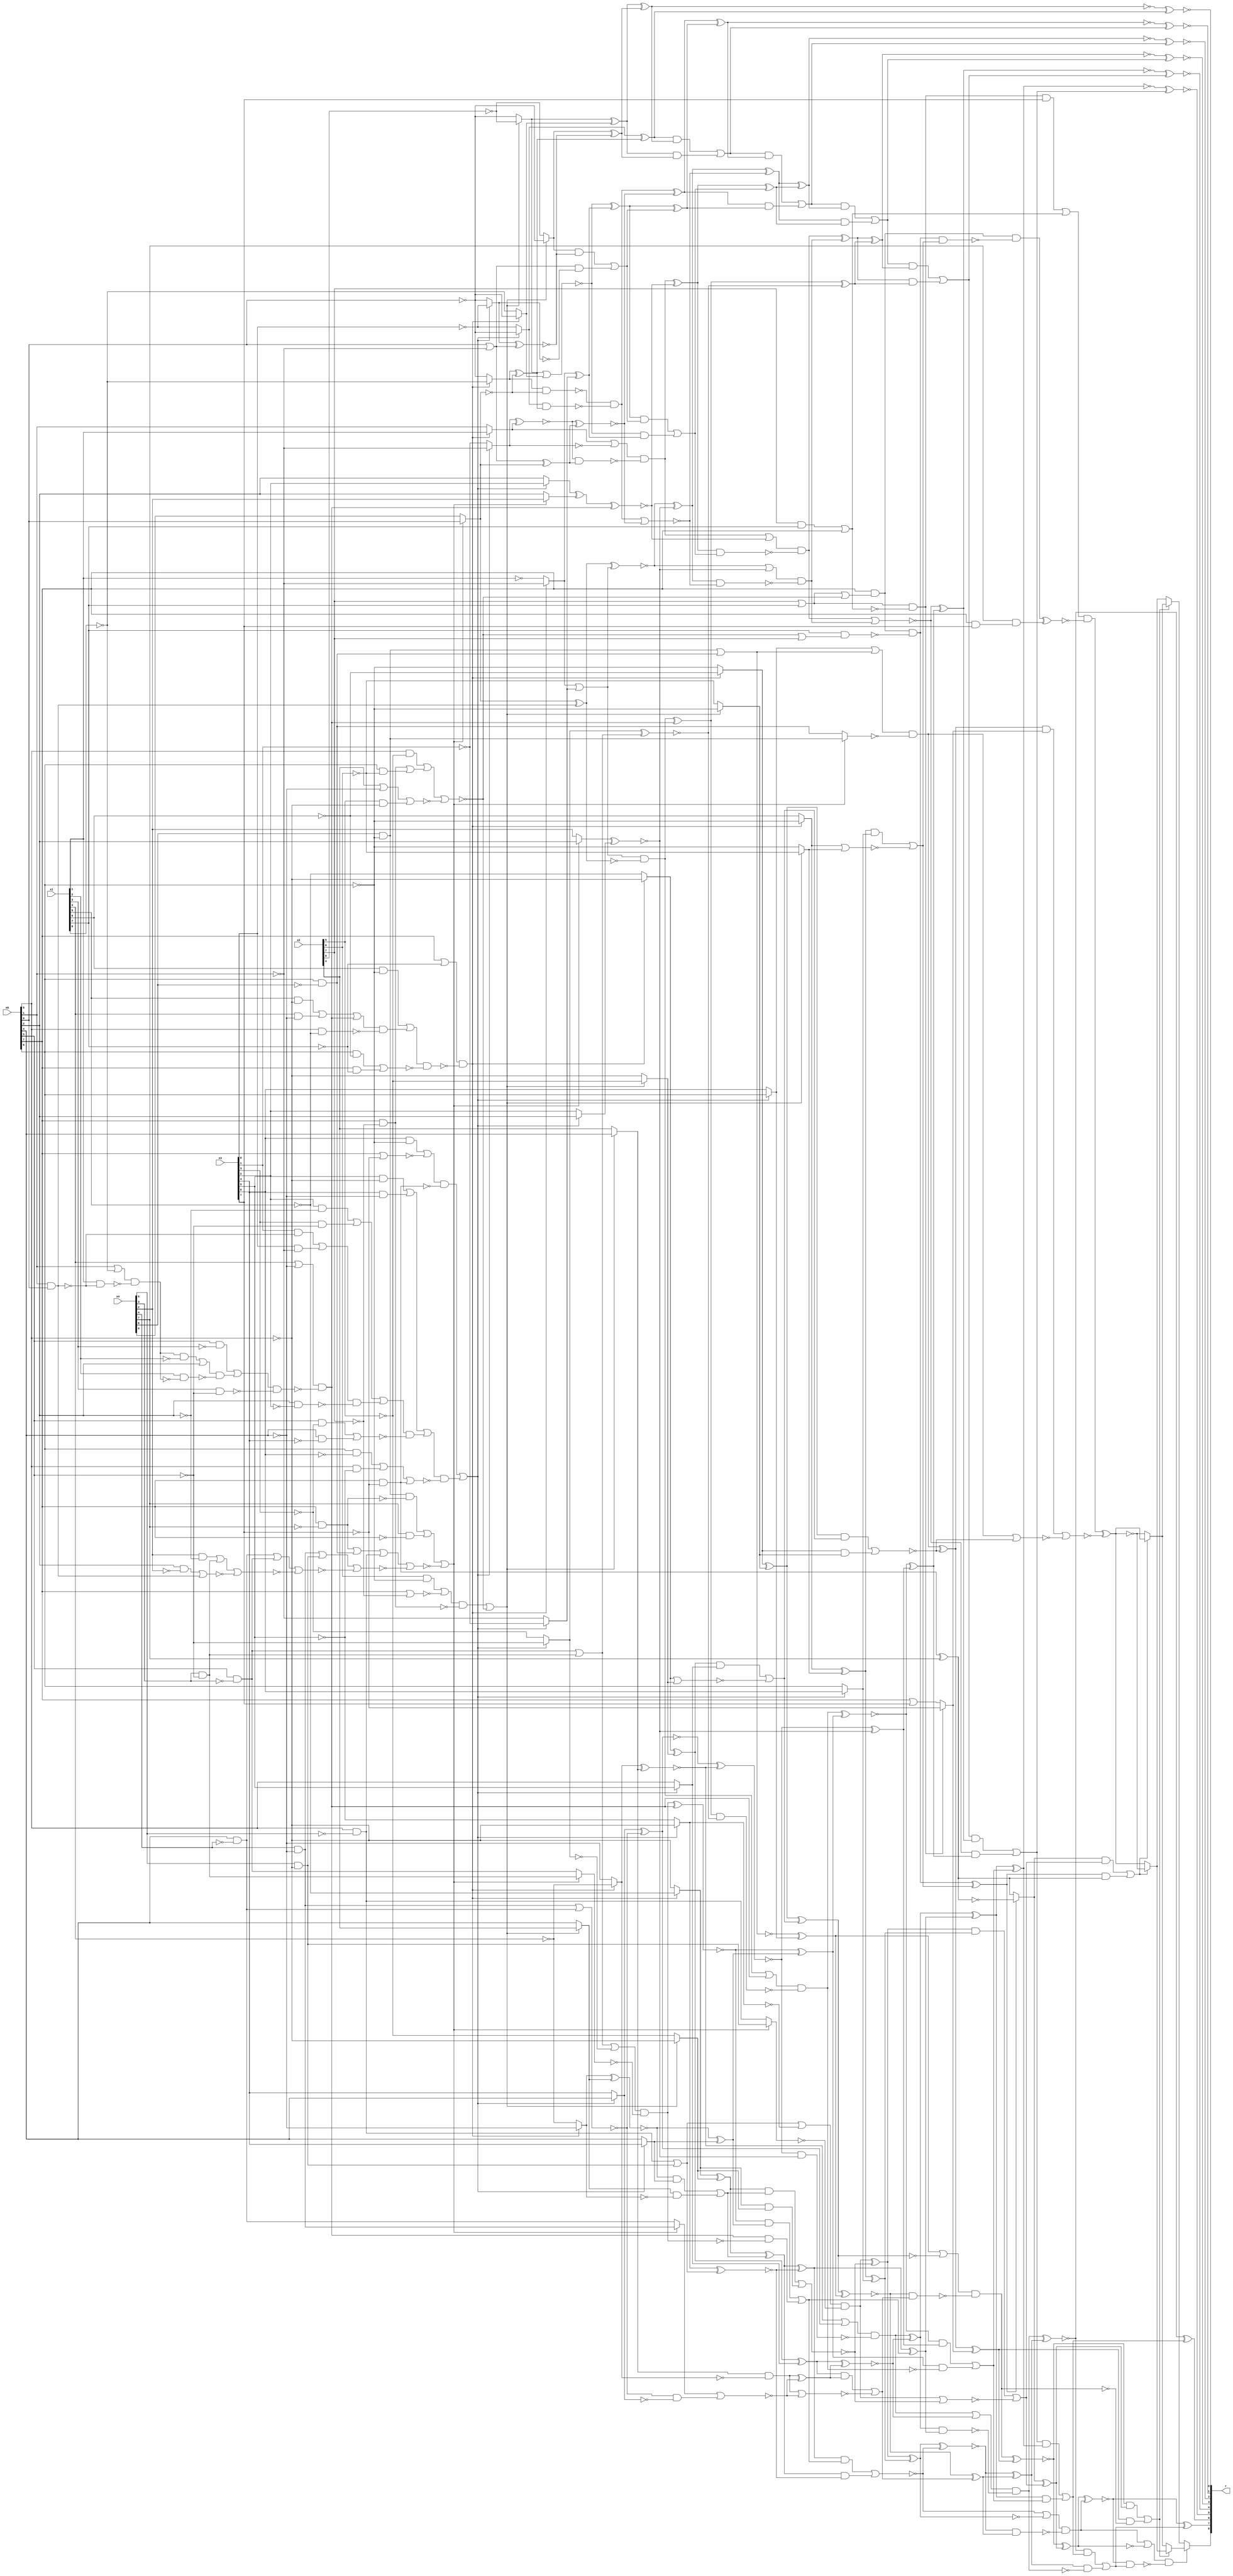
/* Generated by Yosys 0.9+4052 (git sha1 a5adb007, gcc 9.3.0-17ubuntu1~20.04 -fPIC -Os) */

module circ(x0, x1, x2, x3, x4, r);
  wire _000_;
  wire _001_;
  wire _002_;
  wire _003_;
  wire _004_;
  wire _005_;
  wire _006_;
  wire _007_;
  wire _008_;
  wire _009_;
  wire _010_;
  wire _011_;
  wire _012_;
  wire _013_;
  wire _014_;
  wire _015_;
  wire _016_;
  wire _017_;
  wire _018_;
  wire _019_;
  wire _020_;
  wire _021_;
  wire _022_;
  wire _023_;
  wire _024_;
  wire _025_;
  wire _026_;
  wire _027_;
  wire _028_;
  wire _029_;
  wire _030_;
  wire _031_;
  wire _032_;
  wire _033_;
  wire _034_;
  wire _035_;
  wire _036_;
  wire _037_;
  wire _038_;
  wire _039_;
  wire _040_;
  wire _041_;
  wire _042_;
  wire _043_;
  wire _044_;
  wire _045_;
  wire _046_;
  wire _047_;
  wire _048_;
  wire _049_;
  wire _050_;
  wire _051_;
  wire _052_;
  wire _053_;
  wire _054_;
  wire _055_;
  wire _056_;
  wire _057_;
  wire _058_;
  wire _059_;
  wire _060_;
  wire _061_;
  wire _062_;
  wire _063_;
  wire _064_;
  wire _065_;
  wire _066_;
  wire _067_;
  wire _068_;
  wire _069_;
  wire _070_;
  wire _071_;
  wire _072_;
  wire _073_;
  wire _074_;
  wire _075_;
  wire _076_;
  wire _077_;
  wire _078_;
  wire _079_;
  wire _080_;
  wire _081_;
  wire _082_;
  wire _083_;
  wire _084_;
  wire _085_;
  wire _086_;
  wire _087_;
  wire _088_;
  wire _089_;
  wire _090_;
  wire _091_;
  wire _092_;
  wire _093_;
  wire _094_;
  wire _095_;
  wire _096_;
  wire _097_;
  wire _098_;
  wire _099_;
  wire _100_;
  wire _101_;
  wire _102_;
  wire _103_;
  wire _104_;
  wire _105_;
  wire _106_;
  wire _107_;
  wire _108_;
  wire _109_;
  wire _110_;
  wire _111_;
  wire _112_;
  wire _113_;
  wire _114_;
  wire _115_;
  wire _116_;
  wire _117_;
  wire _118_;
  wire _119_;
  wire _120_;
  wire _121_;
  wire _122_;
  wire _123_;
  wire _124_;
  wire _125_;
  wire _126_;
  wire _127_;
  wire _128_;
  wire _129_;
  wire _130_;
  wire _131_;
  wire _132_;
  wire _133_;
  wire _134_;
  wire _135_;
  wire _136_;
  wire _137_;
  wire _138_;
  wire _139_;
  wire _140_;
  wire _141_;
  wire _142_;
  wire _143_;
  wire _144_;
  wire _145_;
  wire _146_;
  wire _147_;
  wire _148_;
  wire _149_;
  wire _150_;
  wire _151_;
  wire _152_;
  wire _153_;
  wire _154_;
  wire _155_;
  wire _156_;
  wire _157_;
  wire _158_;
  wire _159_;
  wire _160_;
  wire _161_;
  wire _162_;
  wire _163_;
  wire _164_;
  wire _165_;
  wire _166_;
  wire _167_;
  wire _168_;
  wire _169_;
  wire _170_;
  wire _171_;
  wire _172_;
  wire _173_;
  wire _174_;
  wire _175_;
  wire _176_;
  wire _177_;
  wire _178_;
  wire _179_;
  wire _180_;
  wire _181_;
  wire _182_;
  wire _183_;
  wire _184_;
  wire _185_;
  wire _186_;
  wire _187_;
  wire _188_;
  wire _189_;
  wire _190_;
  wire _191_;
  wire _192_;
  wire _193_;
  wire _194_;
  wire _195_;
  wire _196_;
  wire _197_;
  wire _198_;
  wire _199_;
  wire _200_;
  wire _201_;
  wire _202_;
  wire _203_;
  wire _204_;
  wire _205_;
  wire _206_;
  wire _207_;
  wire _208_;
  wire _209_;
  wire _210_;
  wire _211_;
  wire _212_;
  wire _213_;
  wire _214_;
  wire _215_;
  wire _216_;
  wire _217_;
  wire _218_;
  wire _219_;
  wire _220_;
  wire _221_;
  wire _222_;
  wire _223_;
  wire _224_;
  wire _225_;
  wire _226_;
  wire _227_;
  wire _228_;
  wire _229_;
  wire _230_;
  wire _231_;
  wire _232_;
  wire _233_;
  wire _234_;
  wire _235_;
  wire _236_;
  wire _237_;
  wire _238_;
  wire _239_;
  wire _240_;
  wire _241_;
  wire _242_;
  wire _243_;
  wire _244_;
  wire _245_;
  wire _246_;
  wire _247_;
  wire _248_;
  wire _249_;
  wire _250_;
  wire _251_;
  wire _252_;
  wire _253_;
  wire _254_;
  wire _255_;
  wire _256_;
  wire _257_;
  wire _258_;
  wire _259_;
  wire _260_;
  wire _261_;
  wire _262_;
  wire _263_;
  wire _264_;
  wire _265_;
  wire _266_;
  wire _267_;
  wire _268_;
  wire _269_;
  wire _270_;
  wire _271_;
  wire _272_;
  wire _273_;
  wire _274_;
  wire _275_;
  wire _276_;
  wire _277_;
  wire _278_;
  wire _279_;
  wire _280_;
  wire _281_;
  wire _282_;
  wire _283_;
  wire _284_;
  wire _285_;
  wire _286_;
  wire _287_;
  wire _288_;
  wire _289_;
  wire _290_;
  wire _291_;
  wire _292_;
  wire _293_;
  wire _294_;
  wire _295_;
  wire _296_;
  wire _297_;
  wire _298_;
  wire _299_;
  wire _300_;
  wire _301_;
  wire _302_;
  wire _303_;
  wire _304_;
  wire _305_;
  wire _306_;
  wire _307_;
  wire _308_;
  wire _309_;
  wire _310_;
  wire _311_;
  wire _312_;
  wire _313_;
  wire _314_;
  wire _315_;
  wire _316_;
  wire _317_;
  wire _318_;
  wire _319_;
  wire _320_;
  wire _321_;
  wire _322_;
  wire _323_;
  wire _324_;
  wire _325_;
  wire _326_;
  wire _327_;
  wire _328_;
  wire _329_;
  wire _330_;
  wire _331_;
  wire _332_;
  wire _333_;
  wire _334_;
  wire _335_;
  wire _336_;
  wire _337_;
  wire _338_;
  wire _339_;
  wire _340_;
  wire _341_;
  wire _342_;
  wire _343_;
  wire _344_;
  wire _345_;
  wire _346_;
  wire _347_;
  wire _348_;
  wire _349_;
  wire _350_;
  wire _351_;
  wire _352_;
  wire _353_;
  wire _354_;
  wire _355_;
  wire _356_;
  wire _357_;
  wire _358_;
  wire _359_;
  wire _360_;
  wire _361_;
  wire _362_;
  wire _363_;
  wire _364_;
  wire _365_;
  wire _366_;
  wire \U0.U13.new_n36 ;
  wire \U0.U13.new_n52 ;
  wire \U0.U13.new_n60 ;
  wire \U0.U14.new_n9 ;
  wire \U0.U15.new_n29 ;
  wire \U0.U3.new_n35 ;
  wire \U0.U3.new_n44 ;
  wire \U0.U4.new_n42 ;
  wire \U0.po8 ;
  output [8:0] r;
  input [7:0] x0;
  input [7:0] x1;
  input [7:0] x2;
  input [7:0] x3;
  input [7:0] x4;
  assign _313_ = x4[5] & ~(x0[5]);
  assign _314_ = x0[5] & ~(x4[5]);
  assign _315_ = _314_ | _313_;
  assign _316_ = ~x3[5];
  assign _317_ = ~x0[5];
  assign _318_ = x3[0] & ~(x0[1]);
  assign _319_ = x0[1] & x0[0];
  assign _320_ = x3[1] & ~(_319_);
  assign _321_ = _320_ | _318_;
  assign _322_ = x0[2] & ~(x3[2]);
  assign _323_ = _321_ & ~(_322_);
  assign _324_ = x3[3] & ~(x0[3]);
  assign _325_ = x3[2] & ~(x0[2]);
  assign _326_ = _325_ | _324_;
  assign _327_ = _326_ | _323_;
  assign _328_ = x0[4] & ~(x3[4]);
  assign _329_ = x0[3] & ~(x3[3]);
  assign _330_ = _329_ | _328_;
  assign _331_ = _327_ & ~(_330_);
  assign _332_ = x3[4] & ~(x0[4]);
  assign _333_ = x3[5] & ~(x0[5]);
  assign _334_ = _333_ | _332_;
  assign _335_ = _334_ | _331_;
  assign _336_ = x0[7] & ~(x3[7]);
  assign _337_ = x0[5] & ~(x3[5]);
  assign _338_ = x0[6] & ~(x3[6]);
  assign _339_ = _338_ | _337_;
  assign _340_ = _339_ | _336_;
  assign _341_ = _335_ & ~(_340_);
  assign _342_ = x0[7] | ~(x3[7]);
  assign _343_ = x3[6] & ~(x0[6]);
  assign _344_ = _343_ | ~(_342_);
  assign _345_ = _344_ & ~(_336_);
  assign _346_ = _345_ | _341_;
  assign _347_ = _346_ ? _317_ : _316_;
  assign _348_ = ~(_347_ ^ _315_);
  assign _349_ = x2[5] & ~(x0[5]);
  assign _350_ = x2[4] | ~(x0[4]);
  assign _351_ = ~(_350_ | _349_);
  assign _352_ = x0[6] & ~(x2[6]);
  assign _353_ = x0[7] & ~(x2[7]);
  assign _354_ = _353_ | _352_;
  assign _355_ = x0[5] & ~(x2[5]);
  assign _356_ = _355_ | _354_;
  assign _357_ = ~(_356_ | _351_);
  assign _358_ = x0[7] | ~(x2[7]);
  assign _359_ = x2[6] & ~(x0[6]);
  assign _360_ = _359_ | ~(_358_);
  assign _361_ = _360_ & ~(_353_);
  assign _362_ = ~(_361_ | _357_);
  assign _363_ = _362_ ? x0[4] : x2[4];
  assign _364_ = ~x0[4];
  assign _365_ = ~x1[4];
  assign _366_ = x0[7] | ~(x1[7]);
  assign _000_ = x1[4] | ~(x0[4]);
  assign _001_ = x0[1] | ~(x1[0]);
  assign _002_ = x1[1] & ~(_319_);
  assign _003_ = _001_ & ~(_002_);
  assign _004_ = _003_ & ~(x1[2]);
  assign _005_ = _004_ | x0[2];
  assign _006_ = x1[2] & ~(_003_);
  assign _007_ = _005_ & ~(_006_);
  assign _008_ = x0[3] & ~(x1[3]);
  assign _009_ = _008_ | _007_;
  assign _010_ = x1[3] & ~(x0[3]);
  assign _011_ = _009_ & ~(_010_);
  assign _012_ = _000_ & ~(_011_);
  assign _013_ = x1[4] & ~(x0[4]);
  assign _014_ = x1[5] & ~(x0[5]);
  assign _015_ = _014_ | _013_;
  assign _016_ = _015_ | _012_;
  assign _017_ = x0[5] & ~(x1[5]);
  assign _018_ = _016_ & ~(_017_);
  assign _019_ = x1[6] & ~(x0[6]);
  assign _020_ = _019_ | _018_;
  assign _021_ = x0[7] & ~(x1[7]);
  assign _022_ = x0[6] & ~(x1[6]);
  assign _023_ = _022_ | _021_;
  assign _024_ = _020_ & ~(_023_);
  assign _025_ = _366_ & ~(_024_);
  assign _026_ = _025_ ? _364_ : _365_;
  assign _027_ = _363_ & ~(_026_);
  assign _028_ = _346_ ? x3[4] : x0[4];
  assign _029_ = ~(_026_ ^ _363_);
  assign _030_ = _029_ & _028_;
  assign _031_ = _030_ | _027_;
  assign _032_ = ~x2[5];
  assign _033_ = _362_ ? _032_ : _317_;
  assign _034_ = ~x1[5];
  assign _035_ = _025_ ? _034_ : _317_;
  assign _036_ = _035_ ^ _033_;
  assign _037_ = _036_ ^ _031_;
  assign _038_ = _037_ & _348_;
  assign _039_ = x4[3] & ~(x0[3]);
  assign _040_ = x0[3] & ~(x4[3]);
  assign _041_ = _040_ | _039_;
  assign _042_ = ~x0[3];
  assign _043_ = ~x3[3];
  assign _044_ = _346_ ? _042_ : _043_;
  assign _045_ = _041_ | ~(_044_);
  assign _046_ = x0[2] & ~(x4[2]);
  assign _047_ = ~(_046_ | _319_);
  assign _048_ = x4[2] & ~(x0[2]);
  assign _049_ = _048_ | _039_;
  assign _050_ = ~(_049_ | _047_);
  assign _051_ = x0[4] & ~(x4[4]);
  assign _052_ = _051_ | _040_;
  assign _053_ = ~(_052_ | _050_);
  assign _054_ = x4[4] & ~(x0[4]);
  assign _055_ = _054_ | _313_;
  assign _056_ = ~(_055_ | _053_);
  assign _057_ = x0[6] & ~(x4[6]);
  assign _058_ = x0[7] & ~(x4[7]);
  assign _059_ = _058_ | _057_;
  assign _060_ = _059_ | _314_;
  assign _061_ = ~(_060_ | _056_);
  assign _062_ = x4[7] & ~(x0[7]);
  assign _063_ = x4[6] & ~(x0[6]);
  assign _064_ = _063_ & ~(_058_);
  assign _065_ = _064_ | _062_;
  assign _066_ = ~(_065_ | _061_);
  assign _067_ = _066_ ? _040_ : _039_;
  assign _068_ = _045_ & ~(_067_);
  assign _069_ = _012_ & ~(_068_);
  assign _070_ = _029_ ^ _028_;
  assign _071_ = ~(_068_ ^ _012_);
  assign _072_ = _071_ & _070_;
  assign _073_ = _072_ | _069_;
  assign _074_ = _037_ ^ _348_;
  assign _075_ = _074_ & _073_;
  assign _076_ = ~(_075_ | _038_);
  assign _077_ = _346_ ? x3[6] : x0[6];
  assign _078_ = ~x2[6];
  assign _079_ = ~x0[6];
  assign _080_ = _362_ ? _079_ : _078_;
  assign _081_ = ~x1[6];
  assign _082_ = _025_ ? _079_ : _081_;
  assign _083_ = _082_ ^ _080_;
  assign _084_ = _083_ ^ _077_;
  assign _085_ = _035_ & _033_;
  assign _086_ = _036_ & _031_;
  assign _087_ = ~(_086_ | _085_);
  assign _088_ = _315_ | ~(_347_);
  assign _089_ = _066_ ? _314_ : _313_;
  assign _090_ = _088_ & ~(_089_);
  assign _091_ = _090_ ^ _087_;
  assign _092_ = _091_ ^ _084_;
  assign _093_ = _076_ | ~(_092_);
  assign _094_ = ~(_054_ | _051_);
  assign _095_ = _346_ ? x0[4] : x3[4];
  assign _096_ = _094_ & ~(_095_);
  assign _097_ = _066_ ? _051_ : _054_;
  assign _098_ = ~(_097_ | _096_);
  assign _099_ = _362_ ? x2[4] : x0[4];
  assign _100_ = _025_ ? _365_ : _364_;
  assign _101_ = _099_ & ~(_100_);
  assign _102_ = ~(_101_ | _098_);
  assign _103_ = _101_ ^ _098_;
  assign _104_ = _346_ ? x3[5] : x0[5];
  assign _105_ = _362_ ? _317_ : _032_;
  assign _106_ = _025_ ? _317_ : _034_;
  assign _107_ = _106_ ^ _105_;
  assign _108_ = _107_ ^ _104_;
  assign _109_ = _108_ & _103_;
  assign _110_ = _109_ | _102_;
  assign _111_ = _346_ ? x0[6] : x3[6];
  assign _112_ = ~(_063_ | _057_);
  assign _113_ = _112_ ^ _111_;
  assign _114_ = ~(_106_ | _105_);
  assign _115_ = _107_ & _104_;
  assign _116_ = _115_ | _114_;
  assign _117_ = _362_ ? _078_ : _079_;
  assign _118_ = _025_ ? _081_ : _079_;
  assign _119_ = _118_ ^ _117_;
  assign _120_ = _119_ ^ _116_;
  assign _121_ = ~(_120_ ^ _113_);
  assign _122_ = _121_ ^ _110_;
  assign _123_ = ~(_092_ ^ _076_);
  assign _124_ = _123_ & _122_;
  assign _125_ = _093_ & ~(_124_);
  assign _126_ = ~(_090_ | _087_);
  assign _127_ = _091_ & _084_;
  assign _128_ = _127_ | _126_;
  assign _129_ = ~(_082_ | _080_);
  assign _130_ = _083_ & _077_;
  assign _131_ = _130_ | _129_;
  assign _132_ = x2[7] | x1[7];
  assign _133_ = ~(_132_ | _357_);
  assign _134_ = x0[7] & ~(_133_);
  assign _135_ = ~(_357_ | x2[7]);
  assign _136_ = x1[7] & ~(_135_);
  assign _137_ = _134_ & ~(_136_);
  assign _138_ = _137_ ^ _131_;
  assign _139_ = ~(_336_ ^ x4[7]);
  assign _140_ = _336_ ^ x4[7];
  assign _141_ = _138_ ? _139_ : _140_;
  assign _142_ = _141_ ^ _128_;
  assign _143_ = ~x3[7];
  assign _144_ = x2[7] & x1[7];
  assign _145_ = _144_ | x0[7];
  assign _146_ = _132_ & ~(_145_);
  assign _147_ = x0[7] | x3[7];
  assign _148_ = _146_ ? _143_ : _147_;
  assign _149_ = _118_ & _117_;
  assign _150_ = _119_ & _116_;
  assign _151_ = ~(_150_ | _149_);
  assign _152_ = _111_ | ~(_112_);
  assign _153_ = _066_ ? _057_ : _063_;
  assign _154_ = _152_ & ~(_153_);
  assign _155_ = _154_ ^ _151_;
  assign _156_ = _155_ ^ _148_;
  assign _157_ = _113_ | ~(_120_);
  assign _158_ = _121_ & _110_;
  assign _159_ = _157_ & ~(_158_);
  assign _160_ = ~(_159_ ^ _156_);
  assign _161_ = _160_ ^ _142_;
  assign _162_ = _125_ | ~(_161_);
  assign _163_ = _123_ ^ _122_;
  assign _164_ = ~(_108_ ^ _103_);
  assign _165_ = ~(_100_ ^ _099_);
  assign _166_ = ~(_095_ ^ _094_);
  assign _167_ = _165_ | ~(_166_);
  assign _168_ = _346_ ? x0[2] : x3[2];
  assign _169_ = _066_ ? x4[2] : x0[2];
  assign _170_ = ~(_169_ ^ _168_);
  assign _171_ = ~(_166_ ^ _165_);
  assign _172_ = _171_ & _170_;
  assign _173_ = _167_ & ~(_172_);
  assign _174_ = _173_ | _164_;
  assign _175_ = _074_ ^ _073_;
  assign _176_ = _173_ ^ _164_;
  assign _177_ = _176_ & _175_;
  assign _178_ = _174_ & ~(_177_);
  assign _179_ = _163_ & ~(_178_);
  assign _180_ = _071_ ^ _070_;
  assign _181_ = ~x0[1];
  assign _182_ = ~x3[1];
  assign _183_ = _346_ ? _182_ : _181_;
  assign _184_ = ~x1[1];
  assign _185_ = _025_ ? _181_ : _184_;
  assign _186_ = _185_ | _183_;
  assign _187_ = _066_ ? x4[0] : x0[0];
  assign _188_ = _187_ ^ _319_;
  assign _189_ = _186_ & ~(_188_);
  assign _190_ = _189_ | _012_;
  assign _191_ = ~(_044_ ^ _041_);
  assign _192_ = _189_ ^ _012_;
  assign _193_ = _192_ & _191_;
  assign _194_ = _190_ & ~(_193_);
  assign _195_ = _180_ & ~(_194_);
  assign _196_ = _171_ ^ _170_;
  assign _197_ = ~(_194_ ^ _180_);
  assign _198_ = _197_ & _196_;
  assign _199_ = _198_ | _195_;
  assign _200_ = _176_ ^ _175_;
  assign _201_ = _200_ & _199_;
  assign _202_ = _197_ ^ _196_;
  assign _203_ = ~(_188_ ^ _186_);
  assign _204_ = _203_ | _170_;
  assign _205_ = x0[0] | ~(x0[1]);
  assign _206_ = _205_ ^ _187_;
  assign _207_ = _025_ ? x1[1] : x0[1];
  assign _208_ = _346_ ? _181_ : _182_;
  assign _209_ = ~(_208_ ^ _207_);
  assign _210_ = ~(_209_ ^ _206_);
  assign _211_ = ~_187_;
  assign _212_ = ~x0[0];
  assign _213_ = ~x1[0];
  assign _214_ = _025_ ? _213_ : _212_;
  assign _215_ = ~(_214_ & _211_);
  assign _216_ = _214_ ^ _211_;
  assign _217_ = ~x3[0];
  assign _218_ = _346_ ? _212_ : _217_;
  assign _219_ = _218_ & _216_;
  assign _220_ = _215_ & ~(_219_);
  assign _221_ = ~(_220_ | _210_);
  assign _222_ = _203_ ^ _170_;
  assign _223_ = _222_ & _221_;
  assign _224_ = _204_ & ~(_223_);
  assign _225_ = _066_ ? x0[2] : x4[2];
  assign _226_ = _346_ ? x3[2] : x0[2];
  assign _227_ = _226_ ^ _225_;
  assign _228_ = ~(_227_ ^ _012_);
  assign _229_ = _207_ | ~(_208_);
  assign _230_ = _209_ & _206_;
  assign _231_ = _229_ & ~(_230_);
  assign _232_ = _231_ | _228_;
  assign _233_ = _185_ ^ _183_;
  assign _234_ = _025_ ? _212_ : _213_;
  assign _235_ = ~x2[0];
  assign _236_ = _362_ ? _212_ : _235_;
  assign _237_ = ~(_236_ | _234_);
  assign _238_ = _237_ & _233_;
  assign _239_ = _346_ ? _217_ : _212_;
  assign _240_ = _205_ & ~(_239_);
  assign _241_ = ~(_239_ ^ _205_);
  assign _242_ = _362_ ? _235_ : _212_;
  assign _243_ = _242_ & _241_;
  assign _244_ = _243_ | _240_;
  assign _245_ = _237_ ^ _233_;
  assign _246_ = _245_ & _244_;
  assign _247_ = _246_ | _238_;
  assign _248_ = _231_ ^ _228_;
  assign _249_ = _248_ & _247_;
  assign _250_ = _232_ & ~(_249_);
  assign _251_ = ~(_250_ | _224_);
  assign _252_ = _251_ & _202_;
  assign _253_ = _192_ ^ _191_;
  assign _254_ = _250_ ^ _224_;
  assign _255_ = _254_ & _253_;
  assign _256_ = _248_ ^ _247_;
  assign _257_ = _222_ ^ _221_;
  assign _258_ = _257_ & _256_;
  assign _259_ = _245_ ^ _244_;
  assign _260_ = _220_ ^ _210_;
  assign _261_ = _260_ & _259_;
  assign _262_ = _242_ ^ _241_;
  assign _263_ = _236_ ^ _234_;
  assign _264_ = _263_ & _262_;
  assign _265_ = _218_ ^ _216_;
  assign _266_ = ~(_263_ ^ _262_);
  assign _267_ = _265_ & ~(_266_);
  assign _268_ = _267_ | _264_;
  assign _269_ = ~(_260_ ^ _259_);
  assign _270_ = _268_ & ~(_269_);
  assign _271_ = _270_ | _261_;
  assign _272_ = ~(_257_ ^ _256_);
  assign _273_ = _271_ & ~(_272_);
  assign _274_ = _273_ | _258_;
  assign _275_ = ~(_254_ ^ _253_);
  assign _276_ = _274_ & ~(_275_);
  assign _277_ = _276_ | _255_;
  assign _278_ = ~(_251_ ^ _202_);
  assign _279_ = _277_ & ~(_278_);
  assign _280_ = _279_ | _252_;
  assign _281_ = ~(_200_ ^ _199_);
  assign _282_ = _280_ & ~(_281_);
  assign _283_ = _282_ | _201_;
  assign _284_ = ~(_178_ ^ _163_);
  assign _285_ = _284_ & _283_;
  assign _286_ = _285_ | _179_;
  assign _287_ = ~(_161_ ^ _125_);
  assign _288_ = _287_ & _286_;
  assign _289_ = _162_ & ~(_288_);
  assign _290_ = _156_ & ~(_159_);
  assign _291_ = _160_ & _142_;
  assign _292_ = ~(_291_ | _290_);
  assign _293_ = _138_ & ~(_139_);
  assign _294_ = _141_ & _128_;
  assign _295_ = ~(_294_ | _293_);
  assign _296_ = ~(_154_ | _151_);
  assign _297_ = _155_ & _148_;
  assign _298_ = ~(_297_ | _296_);
  assign _299_ = _146_ & ~(_143_);
  assign _300_ = _299_ | _145_;
  assign _301_ = ~(x0[7] & x3[7]);
  assign _302_ = x4[7] & ~(_301_);
  assign _303_ = _137_ & _131_;
  assign _304_ = _134_ & ~(_303_);
  assign _305_ = _304_ ^ _302_;
  assign _306_ = _300_ & ~(_305_);
  assign _307_ = _306_ ^ _298_;
  assign _308_ = ~(_306_ ^ _298_);
  assign _309_ = _295_ ? _307_ : _308_;
  assign _310_ = _295_ ? _308_ : _307_;
  assign _311_ = _292_ ? _310_ : _309_;
  assign _312_ = _292_ ? _309_ : _310_;
  assign \U0.po8  = _289_ ? _311_ : _312_;
  assign \U0.U15.new_n29  = ~(_266_ ^ _265_);
  assign \U0.U14.new_n9  = ~(_269_ ^ _268_);
  assign \U0.U13.new_n36  = ~(_272_ ^ _271_);
  assign \U0.U13.new_n52  = ~(_275_ ^ _274_);
  assign \U0.U13.new_n60  = ~(_278_ ^ _277_);
  assign \U0.U4.new_n42  = _287_ ^ _286_;
  assign \U0.U3.new_n35  = ~(_281_ ^ _280_);
  assign \U0.U3.new_n44  = _284_ ^ _283_;
  assign r = { \U0.po8 , \U0.U4.new_n42 , \U0.U3.new_n44 , \U0.U3.new_n35 , \U0.U13.new_n60 , \U0.U13.new_n52 , \U0.U13.new_n36 , \U0.U14.new_n9 , \U0.U15.new_n29  };
endmodule